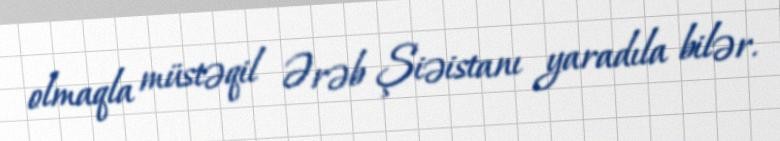
olmaqla müstəqil Ərəb Şiəistanı yaradıla bilər.